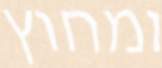
ומחוץ